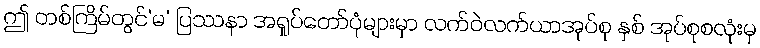
ဤ တစ်ကြိမ်တွင်‘မ’ ပြဿနာ အရှုပ်တော်ပုံများမှာ လက်ဝဲလက်ယာအုပ်စု နှစ် အုပ်စုစလုံးမှ